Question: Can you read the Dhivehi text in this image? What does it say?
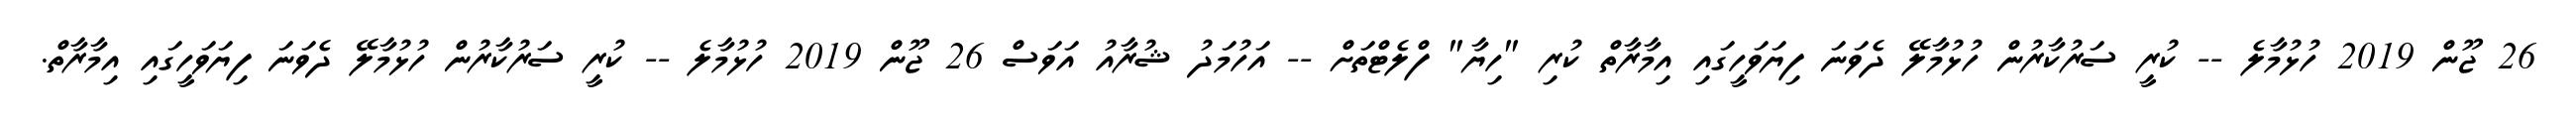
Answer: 26 ޖޫން 2019 ހުޅުމާލެ -- ކުރީ ސަރުކާރުން ހުޅުމާލޭ ދެވަނަ ފިޔަވަހީގައި އިމާރާތް ކުރި "ހިޔާ" ފްލެޓްތަށް -- އަހުމަދު ޝުރާއު އަވަސް 26 ޖޫން 2019 ހުޅުމާލެ -- ކުރީ ސަރުކާރުން ހުޅުމާލޭ ދެވަނަ ފިޔަވަހީގައި އިމާރާތް.